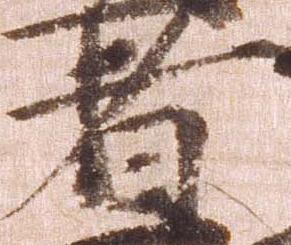
者